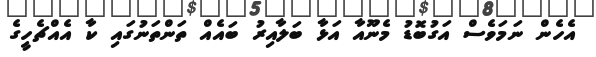
އެހެން ނަމަވެސް އަގުބޮޑު މެނޫއާ އަޅާ ބަލާއިރު ބައެއް ތަންތަނުގައި ކާ އެއްޗެހީގެ